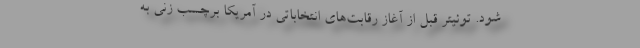
شود. توئیتر قبل از آغاز رقابت‌های انتخاباتی در آمریکا برچسب زنی به